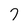
Character: 7